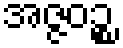
အဇ္ဇဝဉ္စ